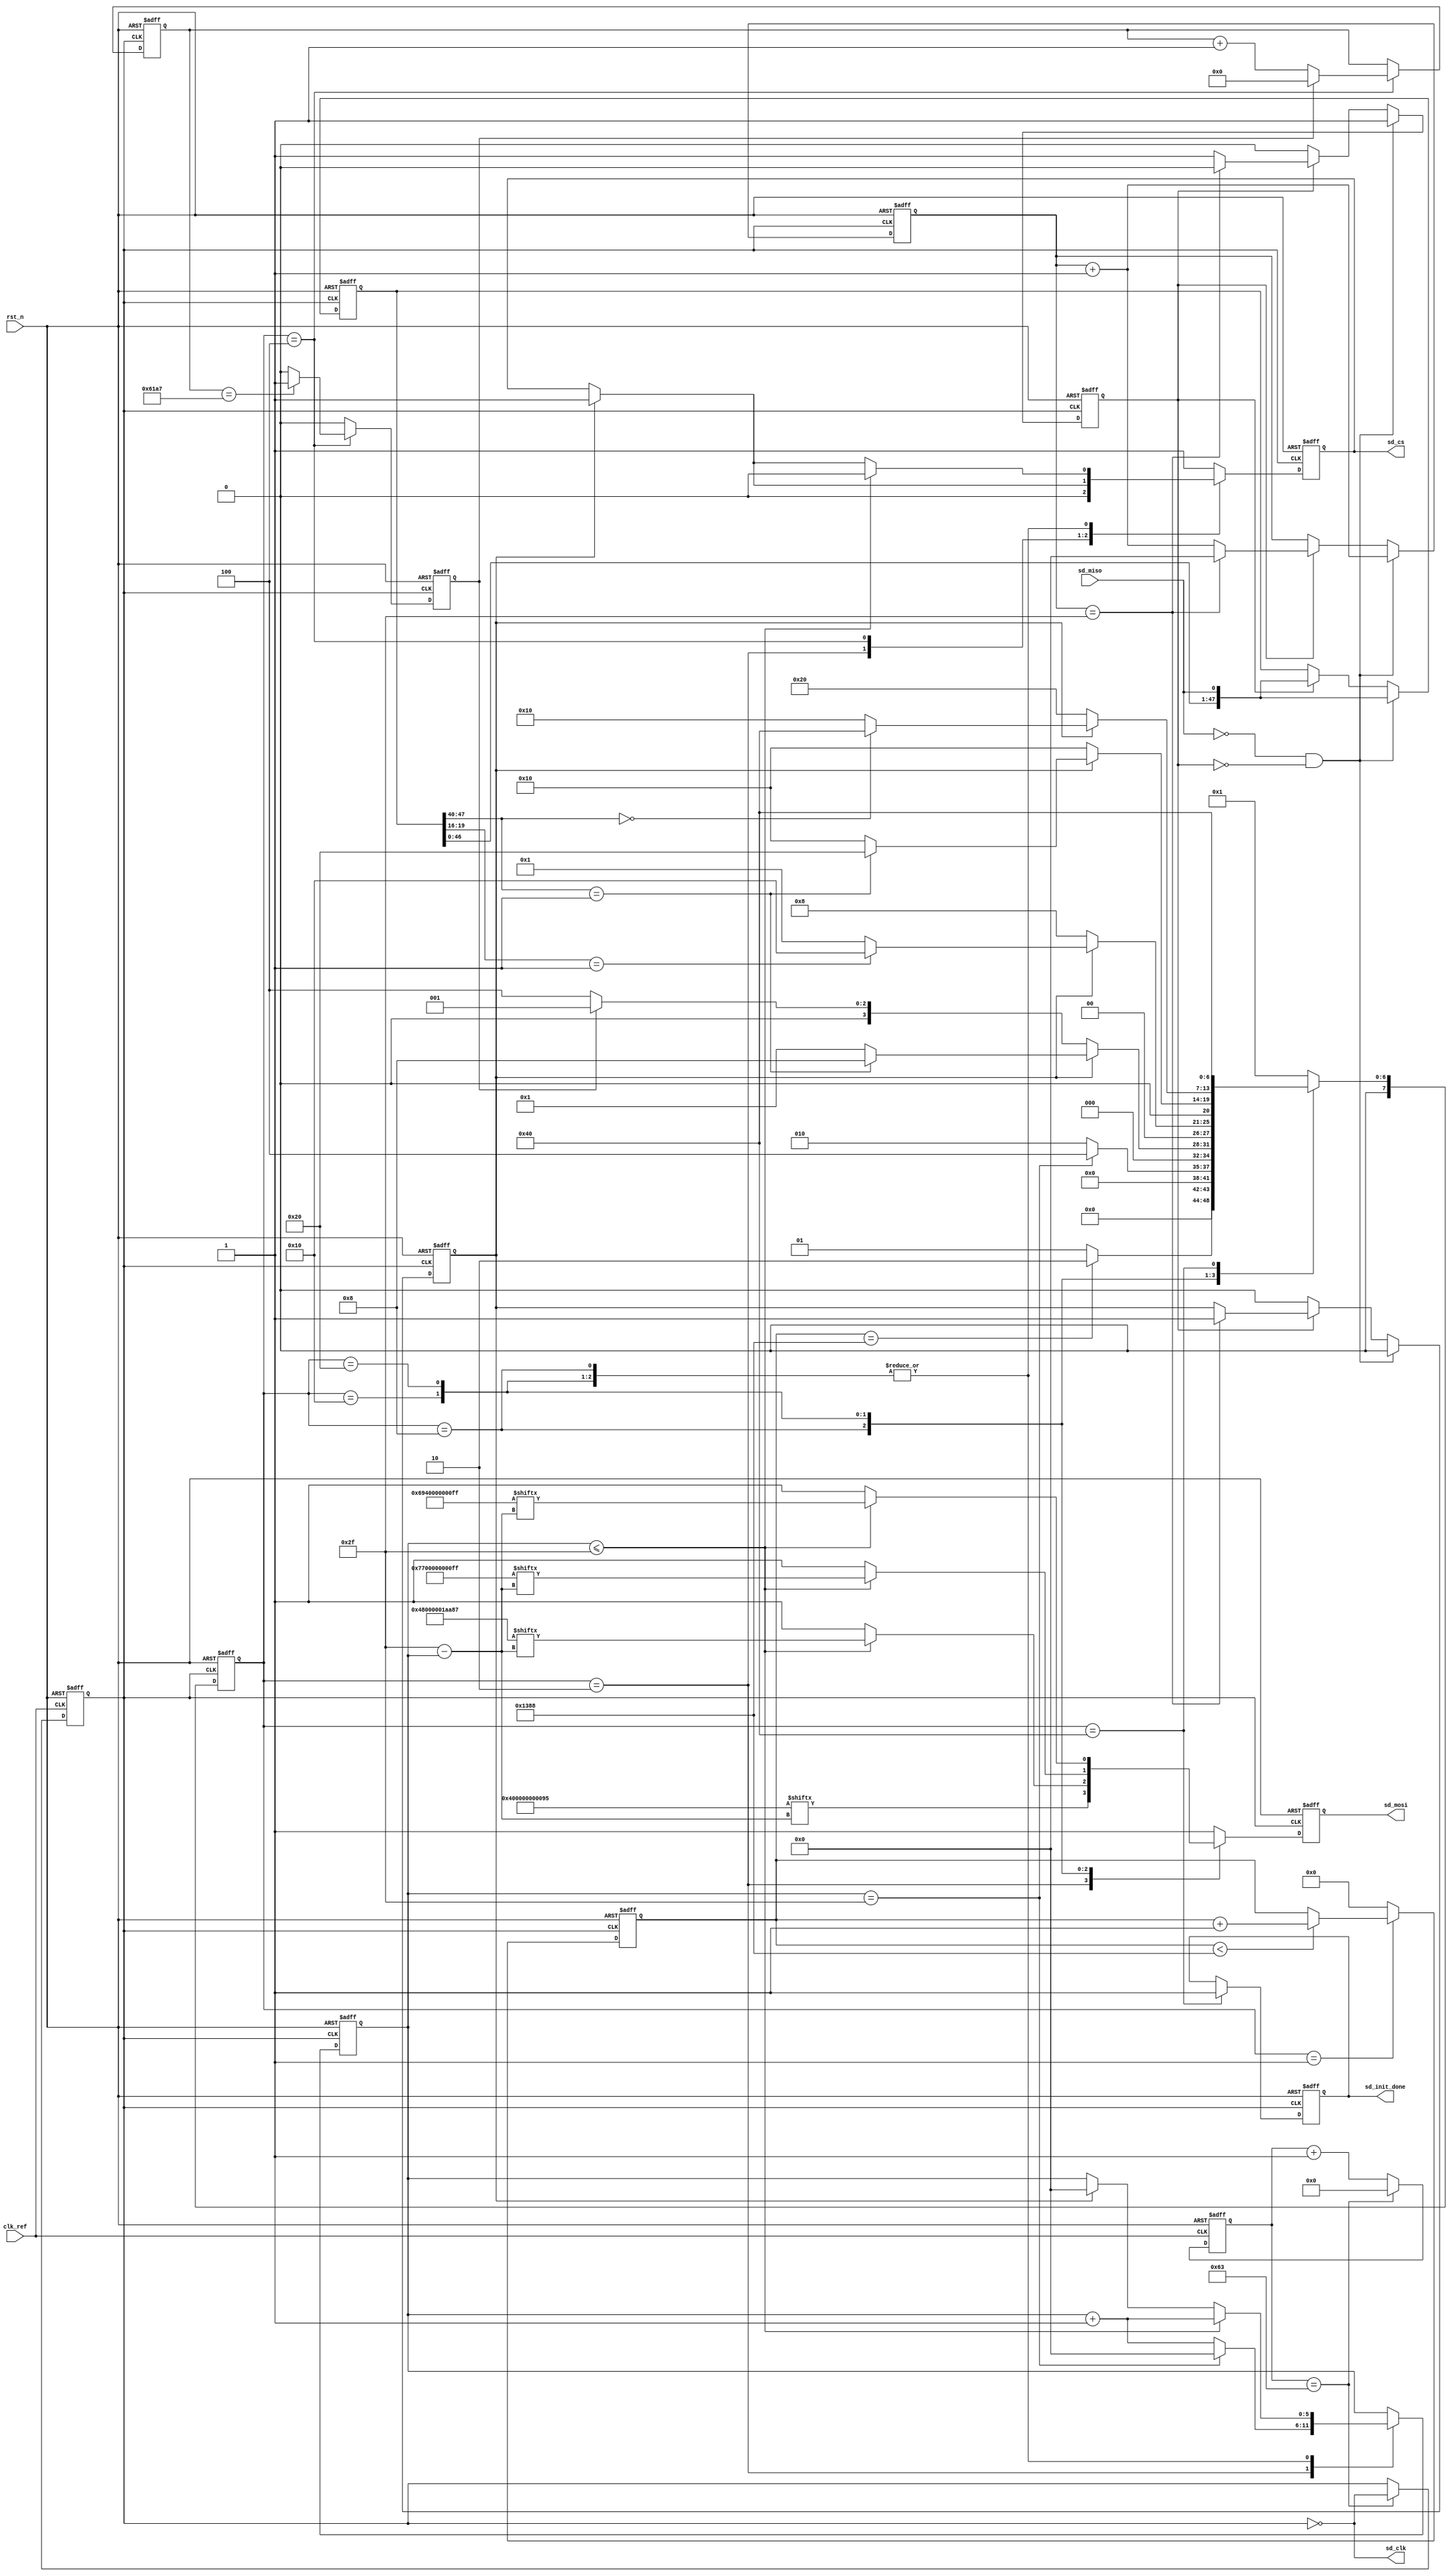
module sd_init(
    input          clk_ref       ,
    input          rst_n         ,
    
    input          sd_miso       ,
    output         sd_clk        ,
    output  reg    sd_cs         ,
    output  reg    sd_mosi       ,
    output  reg    sd_init_done
    );

    /**************************************************************
        
    ***************************************************************/
    parameter  CMD0  = {8'h40,8'h00,8'h00,8'h00,8'h00,8'h95};   //
    parameter  CMD8  = {8'h48,8'h00,8'h00,8'h01,8'haa,8'h87};   //
    parameter  CMD55 = {8'h77,8'h00,8'h00,8'h00,8'h00,8'hff};   //
    parameter  ACMD41= {8'h69,8'h40,8'h00,8'h00,8'h00,8'hff};   //
    
    parameter  DIV_FREQ = 200;                                  //
    parameter  POWER_ON_NUM = 5000;                             //
    parameter  OVER_TIME_NUM = 25000;                           //
                        
    parameter  st_idle        = 7'b000_0001;                    //SD
    parameter  st_send_cmd0   = 7'b000_0010;                    //
    parameter  st_wait_cmd0   = 7'b000_0100;                    //SD
    parameter  st_send_cmd8   = 7'b000_1000;                    //SD
    parameter  st_send_cmd55  = 7'b001_0000;                    //
    parameter  st_send_acmd41 = 7'b010_0000;                    //
    parameter  st_init_done   = 7'b100_0000;                    //SD

    /**************************************************************
        
    ***************************************************************/
    reg    [7:0]   cur_state      ;
    reg    [7:0]   next_state     ;                             
    reg    [7:0]   div_cnt        ;    
    reg            div_clk        ;      
    reg    [12:0]  poweron_cnt    ;   
    reg            res_en         ;    
    reg    [47:0]  res_data       ;    
    reg            res_flag       ;    
    reg    [5:0]   res_bit_cnt    ;                             
    reg    [5:0]   cmd_bit_cnt    ;    
    reg    [15:0]  over_time_cnt  ;    
    reg            over_time_en   ;                                 
    wire           div_clk_180deg ;

    
    assign  sd_clk = ~div_clk;         
    assign  div_clk_180deg = ~div_clk; 
    /**************************************************************
        
    ***************************************************************/
    always @(posedge clk_ref or negedge rst_n) begin
        if(!rst_n) begin
            div_clk <= 1'b0;
            div_cnt <= 8'd0;
        end
        else begin
            if(div_cnt == DIV_FREQ/2-1'b1) begin
                div_clk <= ~div_clk;
                div_cnt <= 8'd0;
            end
            else    
                div_cnt <= div_cnt + 1'b1;
        end        
    end

    /**************************************************************
        
    ***************************************************************/
    always @(posedge div_clk or negedge rst_n) begin
        if(!rst_n) 
            poweron_cnt <= 13'd0;
        else if(cur_state == st_idle) begin
            if(poweron_cnt < POWER_ON_NUM)
                poweron_cnt <= poweron_cnt + 1'b1;                   
        end
        else
            poweron_cnt <= 13'd0;    
    end    

    /**************************************************************
        sd
    ***************************************************************/
    always @(posedge div_clk_180deg or negedge rst_n) begin
        if(!rst_n) begin
            res_en <= 1'b0;
            res_data <= 48'd0;
            res_flag <= 1'b0;
            res_bit_cnt <= 6'd0;
        end else begin
            //sd_miso = 0 
            if(sd_miso == 1'b0 && res_flag == 1'b0) begin 
                res_flag <= 1'b1;
                res_data <= {res_data[46:0],sd_miso};
                res_bit_cnt <= res_bit_cnt + 6'd1;
                res_en <= 1'b0;
            end else if(res_flag) begin
                //R11,R3 R75
                //6,1NOP(8)
                res_data <= {res_data[46:0],sd_miso};     
                res_bit_cnt <= res_bit_cnt + 6'd1;
                if(res_bit_cnt == 6'd47) begin
                    res_flag <= 1'b0;
                    res_bit_cnt <= 6'd0;
                    res_en <= 1'b1; 
                end                
            end else
                res_en <= 1'b0;         
        end
    end                    

    /**************************************************************
       
    ***************************************************************/
    always @(posedge div_clk or negedge rst_n) begin
        if(!rst_n)
            cur_state <= st_idle;
        else
            cur_state <= next_state;
    end

    /**************************************************************
        SD
    ***************************************************************/
    always @(*) begin
        next_state = st_idle;
        case(cur_state)
            st_idle : begin
                //74
                if(poweron_cnt == POWER_ON_NUM)          //,SD
                    next_state = st_send_cmd0;
                else
                    next_state = st_idle;
            end 
            st_send_cmd0 : begin                         //
                if(cmd_bit_cnt == 6'd47)
                    next_state = st_wait_cmd0;
                else
                    next_state = st_send_cmd0;    
            end               
            st_wait_cmd0 : begin                         //SD
                if(res_en) begin
                    if(res_data[47:40] == 8'h01) 
                        next_state = st_send_cmd8;
                    else
                        next_state = st_idle;
                end
                else if(over_time_en) 
                    next_state = st_idle;
                else
                    next_state = st_wait_cmd0;                                    
            end                                       
            st_send_cmd8 : begin                         //CMD8,SD
                if(res_en) begin
                    if(res_data[19:16] == 4'b0001)       
                        next_state = st_send_cmd55;
                    else
                        next_state = st_idle;
                end
                else
                    next_state = st_send_cmd8;            
            end
            st_send_cmd55 : begin  //
                if(res_en) begin 
                    if(res_data[47:40] == 8'h01)
                        next_state = st_send_acmd41;
                    else
                        next_state = st_send_cmd55;    
                end        
                else
                    next_state = st_send_cmd55;     
            end  
            st_send_acmd41 : begin                       //
                if(res_en) begin   
                    if(res_data[47:40] == 8'h00)
                        next_state = st_init_done;
                    else
                        next_state = st_send_cmd55;      //, 
                end
                else
                    next_state = st_send_acmd41;     
            end                
            st_init_done : next_state = st_init_done;    // 
            default : next_state = st_idle;
        endcase
    end

    always @(posedge div_clk or negedge rst_n) begin
        if(!rst_n) begin
            sd_cs <= 1'b1;
            sd_mosi <= 1'b1;
            sd_init_done <= 1'b0;
            cmd_bit_cnt <= 6'd0;
            over_time_cnt <= 16'd0;
            over_time_en <= 1'b0;
        end else begin
            over_time_en <= 1'b0;
            case(cur_state)
                st_idle : begin                               //SD
                    sd_cs <= 1'b1;
                    sd_mosi <= 1'b1;
                end     
                st_send_cmd0 : begin                          //CMD0
                    cmd_bit_cnt <= cmd_bit_cnt + 6'd1;        
                    sd_cs <= 1'b0;                            
                    sd_mosi <= CMD0[6'd47 - cmd_bit_cnt];
                    if(cmd_bit_cnt == 6'd47)                  
                        cmd_bit_cnt <= 6'd0;                  
                end      
                                
                st_wait_cmd0 : begin                          
                    sd_mosi <= 1'b1;             
                    if(res_en)                                //SD                 
                        sd_cs <= 1'b1;                                      
                    over_time_cnt <= over_time_cnt + 1'b1;
                    if(over_time_cnt == OVER_TIME_NUM - 1'b1) //SD,
                        over_time_en <= 1'b1; 
                    if(over_time_en)
                        over_time_cnt <= 16'd0;                                        
                end                                           
                st_send_cmd8 : begin                          //CMD8
                    if(cmd_bit_cnt<=6'd47) begin
                        cmd_bit_cnt <= cmd_bit_cnt + 6'd1;
                        sd_cs <= 1'b0;
                        sd_mosi <= CMD8[6'd47 - cmd_bit_cnt];       
                    end
                    else begin
                        sd_mosi <= 1'b1;
                        if(res_en) begin                      
                            sd_cs <= 1'b1;
                            cmd_bit_cnt <= 6'd0; 
                        end   
                    end                                                                   
                end 
                st_send_cmd55 : begin                         //CMD55
                    if(cmd_bit_cnt<=6'd47) begin
                        cmd_bit_cnt <= cmd_bit_cnt + 6'd1;
                        sd_cs <= 1'b0;
                        sd_mosi <= CMD55[6'd47 - cmd_bit_cnt];       
                    end
                    else begin
                        sd_mosi <= 1'b1;
                        if(res_en) begin                      
                            sd_cs <= 1'b1;
                            cmd_bit_cnt <= 6'd0;     
                        end        
                    end                                                                                    
                end
                st_send_acmd41 : begin                        //ACMD41
                    if(cmd_bit_cnt <= 6'd47) begin
                        cmd_bit_cnt <= cmd_bit_cnt + 6'd1;
                        sd_cs <= 1'b0;
                        sd_mosi <= ACMD41[6'd47 - cmd_bit_cnt];      
                    end
                    else begin
                        sd_mosi <= 1'b1;
                        if(res_en) begin                      
                            sd_cs <= 1'b1;
                            cmd_bit_cnt <= 6'd0;  
                        end        
                    end     
                end
                st_init_done : begin                          //
                    sd_init_done <= 1'b1;
                    sd_cs <= 1'b1;
                    sd_mosi <= 1'b1;
                end
                default : begin
                    sd_cs <= 1'b1;
                    sd_mosi <= 1'b1;                
                end    
            endcase
        end
    end

endmodule